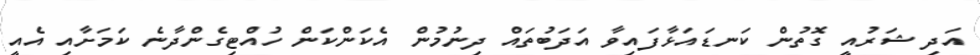
އަދި ޝަރުއީ ގޮތުން ކަނޑައަޅާފައިވާ އަދަބުތައް ދިނުމުން އެކަންކަން ހުއްޓިގެންދާނެ ކަމަށާއި އެއީ